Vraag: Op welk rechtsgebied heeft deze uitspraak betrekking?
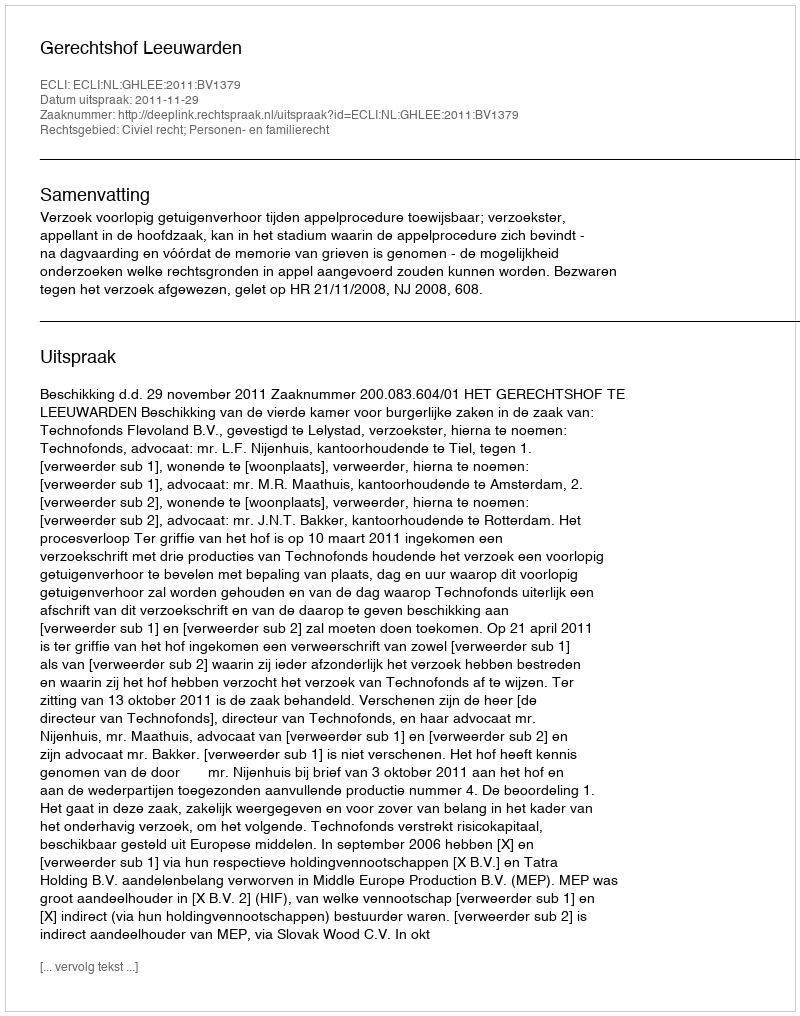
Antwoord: Civiel recht; Personen- en familierecht